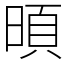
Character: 暊